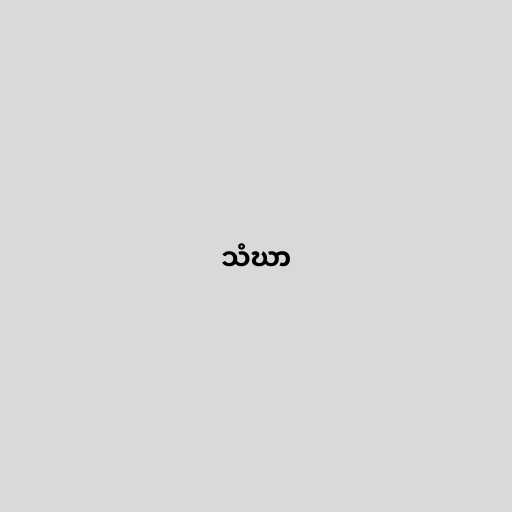
သံဃာ